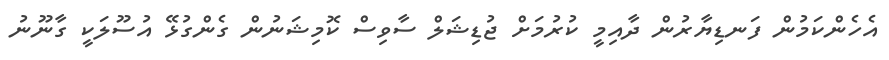
އެހެންކަމުން ފަނޑިޔާރުން ދާއިމީ ކުރުމަށް ޖުޑިޝަލް ސާވިސް ކޮމިޝަނުން ގެންގުޅޭ އުސޫލަކީ ގާނޫނު